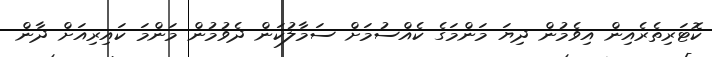
ކޮޓަރިތެރެއިން އިވެމުން ދިޔަ މަންމަގެ ކެއްސުމަށް ސަމާލުކަން ދެވުމުން މަންމަ ކައިރިއަށް ދާން